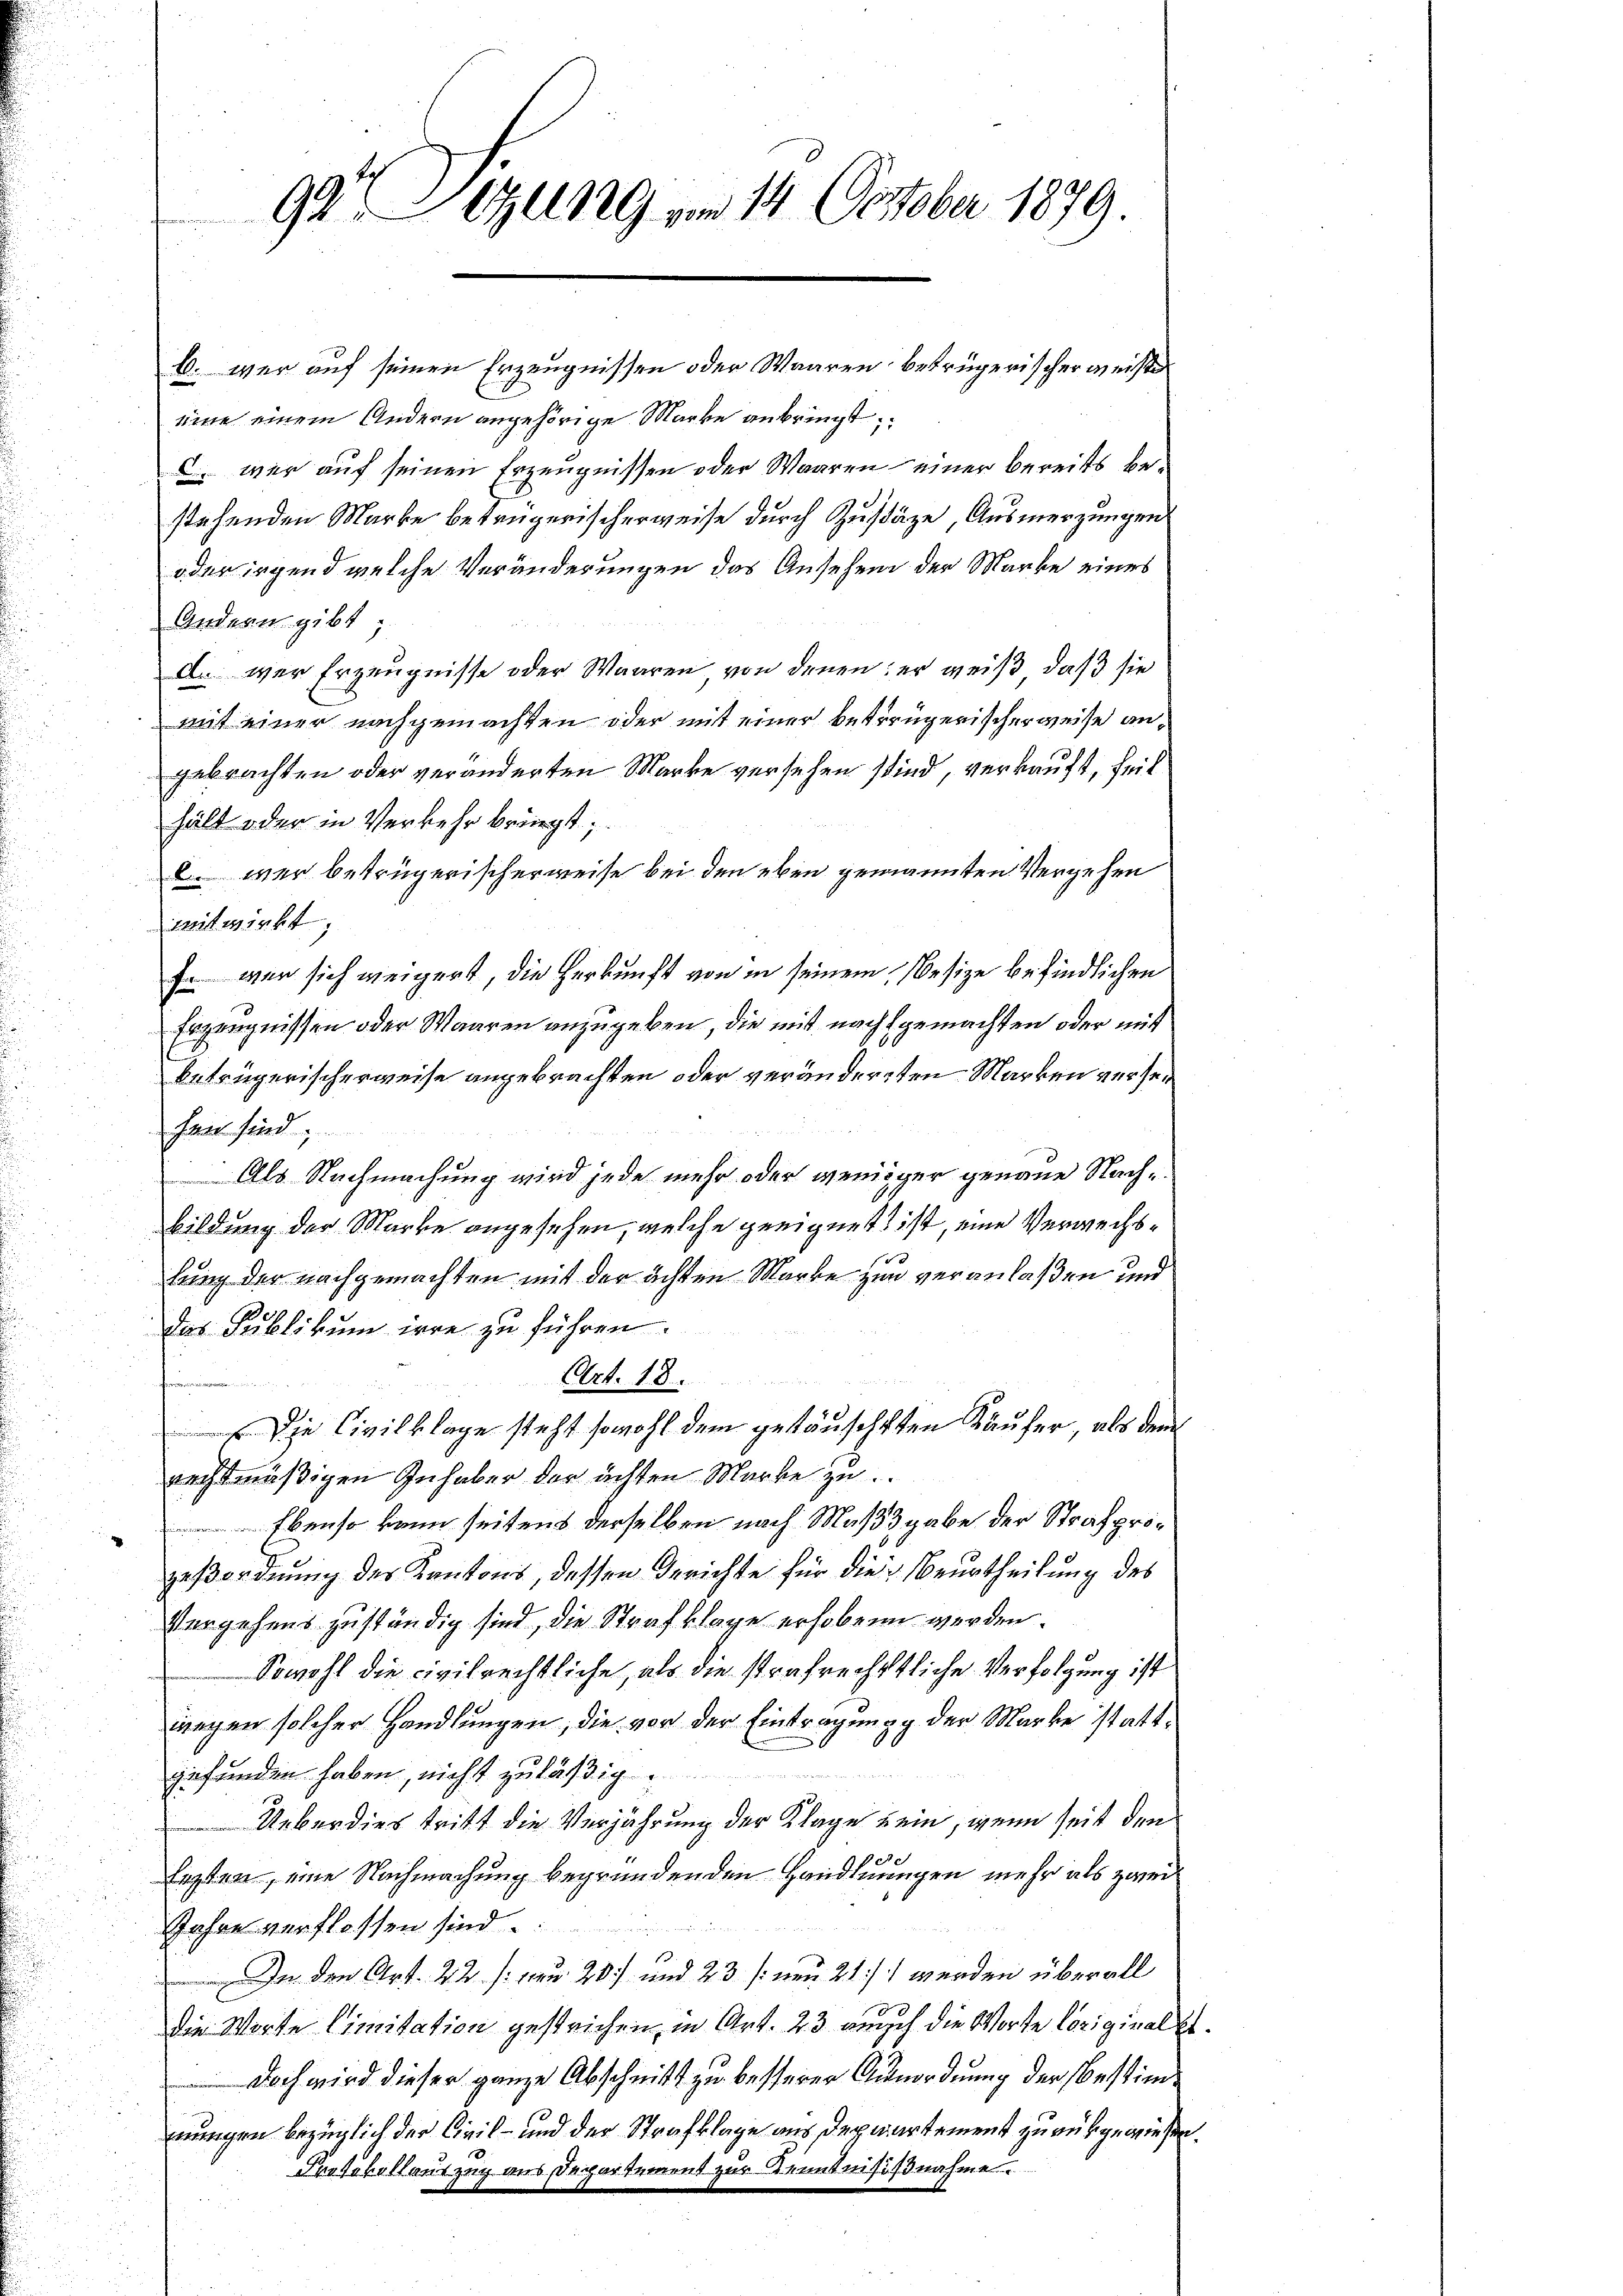
b. wer auf seinen Erzeugnissen oder Waaren betrügerischer meiste
eine einem Andern angehörige Marke anbringt,
c. wer auf seinen Erzeugnissen oder Waaren einer bereits bestehenden Marke betrügerischerweise durch Zustäze, Ausmerzungen
oder irgend welche Veränderungen das Ansehend der Marke eines
Andern gibt,
d. wer Erzeugnisse oder Waaren von denen; er weiß, daß sie
mit einer nachgemachten oder mit einer betrügerischerweise angebrachten oder veränderten Marke versehen sind, verkauft, teil
hält oder in Verkehr bringt;
2 wer betrügerischerweise bei den eben genannten Vergehen
mitwirkt;
Er war sich weigert, die Herkunft von in seinem Besize befindlichen
Erzeugnissen oder Waaren anzugeben, die mit nachgemachten oder mit
betrügerischerweise angebrachten oder verändereten Marken versei
hen sind;
Als Nachmachung wird jede mehr oder weniger genaue Nachbildung der Marke angesehen, welche geeignet ist, eine Verwechslung der nachgemachten mit der ächten Marke zum veranlaßen und
Das Publikum irre zu führen.
Art. 18.
rien der
Die Civilklage steht sowohl dem getäuschten Käufer, als dem
rechtmäßigen Inhaber der achten Marke zu
Ebenso kann seitens derselben nach Maßgabe der Strafprozeßordnung der Kantons, dessen Gerichte für die Beurtheilung des
Vergehens zuständig sind, die Strafklage erhoben werden.
Sowohl die civilrechtliche, als die strafrechtliche Verfolgung ist
wegen solcher Handlungen, die vor der Eintragung der Marke stattgefunden haben, nicht zuläßig
Ueberdies tritt die Verjährung der Klage sein, wenn seit den
Ersten, eine Nachmachung begründenden Handlungen mehr als zwei
Jahre verflossen sind.
 In den Art. 22 f. u. 20) und 23 /: den 21) werden überall
die Worte limitation gestrichen, in Art. 23. auch die Worte Coriginal
Doch wird dieser ganze Abschnitt zu besserer Anordnung der Bestimmnungen bezüglich der Civil- und der Strafklage aus Departement zurükgewiesen.
Protokollauszug aus Departement zur Kenntnisisnahme

99. Sizung im 14. October 1879.